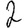
Digit: 2